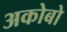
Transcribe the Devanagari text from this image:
अकोबो